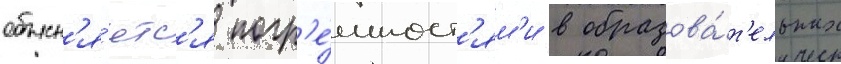
объясн'я́етс'я погр'е́шност'ям'и в образова́т'ельных